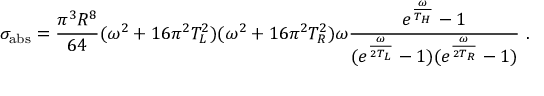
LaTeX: \sigma _ { \mathrm { a b s } } = { \frac { \pi ^ { 3 } R ^ { 8 } } { 6 4 } } ( \omega ^ { 2 } + 1 6 \pi ^ { 2 } T _ { L } ^ { 2 } ) ( \omega ^ { 2 } + 1 6 \pi ^ { 2 } T _ { R } ^ { 2 } ) \omega { \frac { e ^ { \frac { \omega } { T _ { H } } } - 1 } { ( e ^ { \frac { \omega } { 2 T _ { L } } } - 1 ) ( e ^ { \frac { \omega } { 2 T _ { R } } } - 1 ) } } \ .